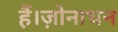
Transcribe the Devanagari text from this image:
हैं।ज़ोनाथन